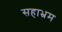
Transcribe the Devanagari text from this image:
सहाभ्रम